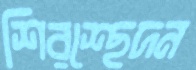
শিরশ্ছেদন